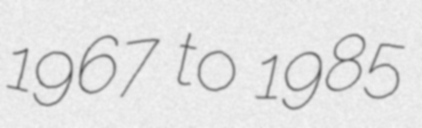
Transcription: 1967 to 1985